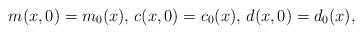
LaTeX: \begin{align*} m(x,0)=m_0(x),\, c(x,0)=c_0(x),\,d(x,0)=d_0(x),\end{align*}